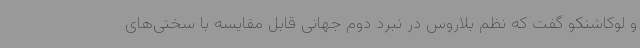
و لوکاشنکو گفت که نظم بلاروس در نبرد دوم جهانی قابل مقایسه با سختی‌های